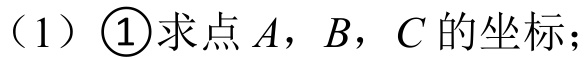
（1）\(\textcircled{1}\)求点\(A\)，\(B\)，\(C\)的坐标；